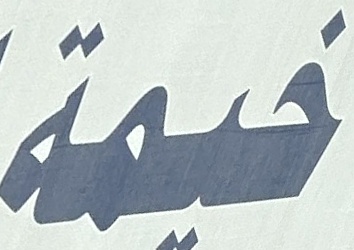
خيمة